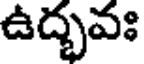
ఉద్భవః